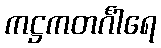
ကဋ္ဌကတင်္ဂါရေ